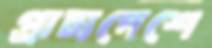
প্রাচ্যদেশে